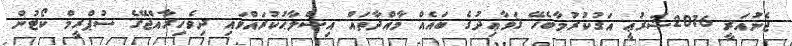
ޖެނުައަރީ 2016ޝަރުޢީ އަގުކުރުމާބެހޭ ޤަވާޢިދުގެ ބައެއް މާއްދާތައް އިޞްލާޙުކުރައްވައި ދިވެހިރާއްޖޭގެ ސުޕްރީމް ކޯޓުން